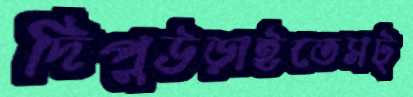
দিপুউড়াইতেসট্‌